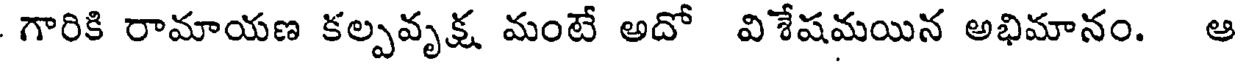
గారికి రామాయణ కల్పవృక్ష మంటే అదో విశేషమయిన అభిమానం. ఆ